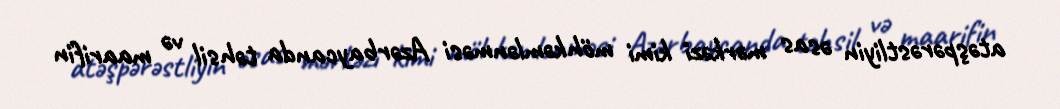
atəşpərəstliyin əsas mərkəzi kimi möhkəmlənməsi Azərbaycanda təhsil və maarifin